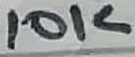
Text: 10K